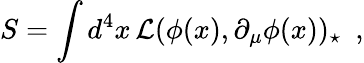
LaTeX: S=\int d^{4}x\, {\cal L}(\phi(x),\partial_{\mu}\phi(x))_{\star}\, \, \, ,